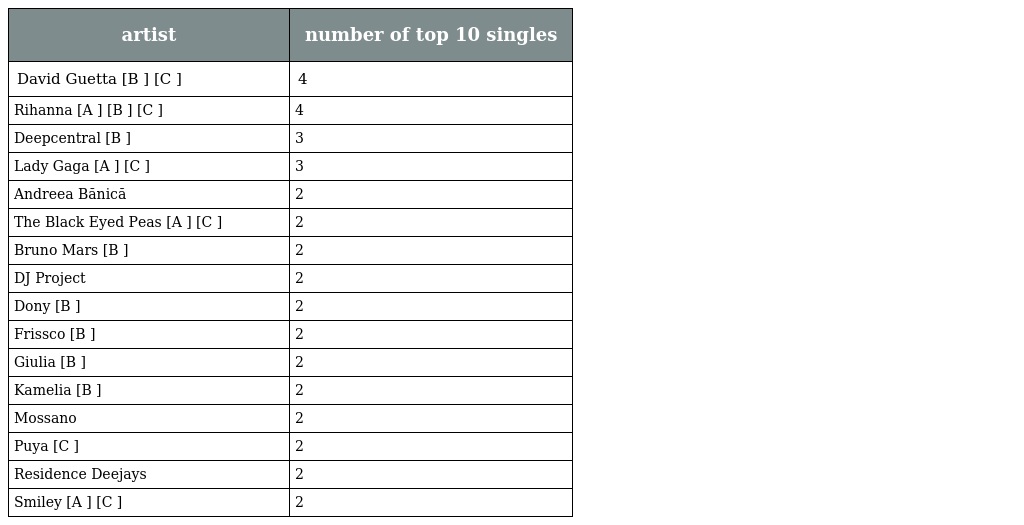
| artist | number of top 10 singles |
 | --- | --- |
 | David Guetta [B ] [C ] | 4 |
 | Rihanna [A ] [B ] [C ] | 4 |
 | Deepcentral [B ] | 3 |
 | Lady Gaga [A ] [C ] | 3 |
 | Andreea Bănică | 2 |
 | The Black Eyed Peas [A ] [C ] | 2 |
 | Bruno Mars [B ] | 2 |
 | DJ Project | 2 |
 | Dony [B ] | 2 |
 | Frissco [B ] | 2 |
 | Giulia [B ] | 2 |
 | Kamelia [B ] | 2 |
 | Mossano | 2 |
 | Puya [C ] | 2 |
 | Residence Deejays | 2 |
 | Smiley [A ] [C ] | 2 |